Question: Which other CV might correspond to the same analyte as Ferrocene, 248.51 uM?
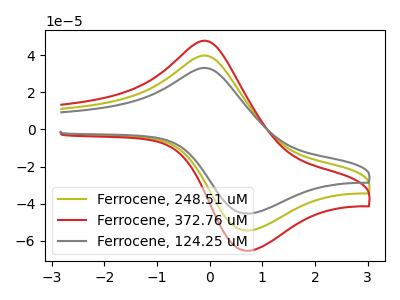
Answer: <think>The olive curve "Ferrocene, 248.51 uM" has an anodic peak at (0.00V, 39.50uA) and a cathodic peak at (0.70V, -54.35uA). The red curve "Ferrocene, 372.76 uM" has an anodic peak at (0.00V, 78.95uA) and a cathodic peak at (0.70V, -108.75uA). The gray curve "Ferrocene, 124.25 uM" has an anodic peak at (0.00V, 32.90uA) and a cathodic peak at (0.70V, -45.25uA).
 All the peaks in "Ferrocene, 248.51 uM" have a peak in "Ferrocene, 372.76 uM" at the same potential. Every peak in "Ferrocene, 248.51 uM" is lower than every peak in "Ferrocene, 372.76 uM". All the peaks in "Ferrocene, 248.51 uM" have a peak in "Ferrocene, 124.25 uM" at the same potential. Every peak in "Ferrocene, 248.51 uM" is higher than every peak in "Ferrocene, 124.25 uM". All the peaks in "Ferrocene, 372.76 uM" have a peak in "Ferrocene, 124.25 uM" at the same potential. Every peak in "Ferrocene, 372.76 uM" is higher than every peak in "Ferrocene, 124.25 uM".</think>
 <answer>"Ferrocene, 248.51 uM" and "Ferrocene, 372.76 uM" have a similar shape to "Ferrocene, 124.25 uM".</answer>
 <eval>"Ferrocene, 248.51 uM" "Ferrocene, 372.76 uM"</eval>